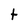
Character: t